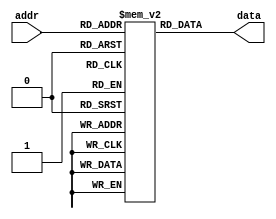
module rom (
	input [n-1:0] addr,
	output [m-1:0] data
);

parameter n = 4; // Address width
parameter m = 8; // Data width
parameter depth = 16; // Number of data entries in memory

reg [m-1:0] memory [0:depth-1];

initial begin
	// Initialize memory array with fixed pattern data
	memory[0] = 8'b00000000;
	memory[1] = 8'b00000001;
	memory[2] = 8'b00000010;
	// Add more initializations as needed
end

always @ (addr) begin
	// Output data stored at the provided address
	data = memory[addr];
end

endmodule